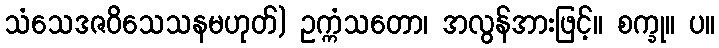
သံသေဒဇဝိသေသနမဟုတ်) ဥက္ကံသတော၊ အလွန်အားဖြင့်။ စက္ခု။ ပ။